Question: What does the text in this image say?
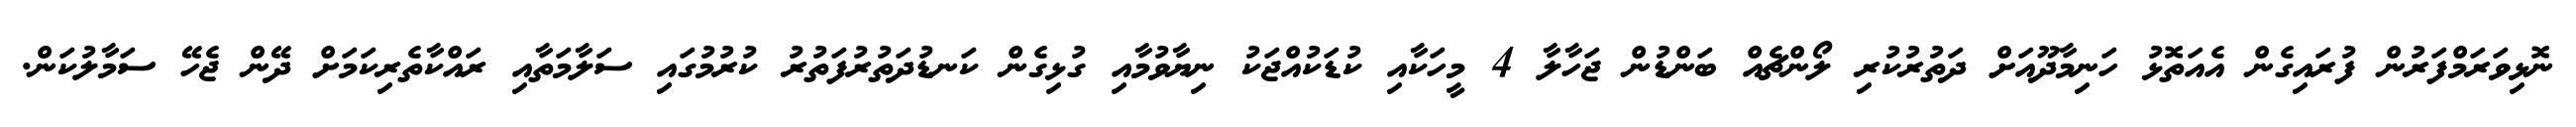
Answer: ނޮޅިވަރަމްފަރުން ފުރައިގެން އެއަތޮޅު ހަނިމާދޫއަށް ދަތުރުކުރި ލޯންޗެއް ބަންޑުން ޖަހާލާ 4 މީހަކާއި ކުޑަކުއްޖަކު ނިޔާވުމާއި ގުޅިގެން ކަނޑުދަތުރުފަތުރު ކުރުމުގައި ސަލާމަތާއި ރައްކާތެރިކަމަށް ދޭން ޖެހޭ ސަމާލުކަން.